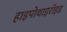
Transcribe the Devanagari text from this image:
हाइपोथाइरॉइड